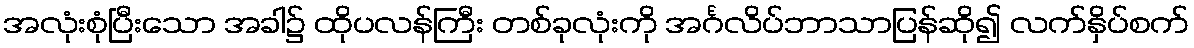
အလုံးစုံပြီးသော အခါ၌ ထိုပလန်ကြီး တစ်ခုလုံးကို အင်္ဂလိပ်ဘာသာပြန်ဆို၍ လက်နှိပ်စက်